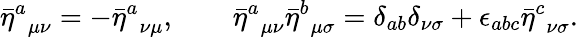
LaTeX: {\bar{\eta}^{a}}_{\mu\nu}=-{\bar{\eta}^{a}}_{\nu\mu},\qquad{\bar{\eta}^{a}}_{\mu\nu}{\bar{\eta}^{b}}_{\mu\sigma}={\delta}_{ab}{\delta}_{\nu\sigma}+{\epsilon}_{abc}{\bar{\eta}^{c}}_{\nu\sigma}.